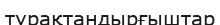
тұрақтандырғыштар